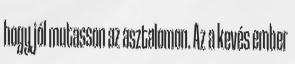
hogy jól mutasson az asztalomon. Az a kevés ember